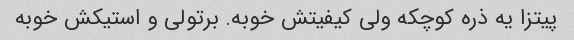
پیتزا یه ذره کوچکه ولی کیفیتش خوبه. برتولی و استیکش خوبه